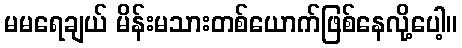
မမရေချယ် မိန်းမသားတစ်ယောက်ဖြစ်နေလို့ပေါ့။